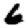
Digit: 6